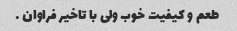
طعم و کیفیت خوب ولی با تاخیر فراوان …